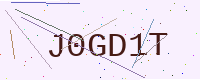
Text: J0GD1T